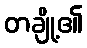
တချို့၏